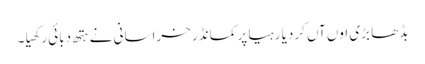
بڈھا بڑی اوں آں کردیا رہیا پر کمانڈر خراسانی نے ہتھ دبائی رکھیا ۔